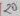
Text: 20